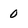
Character: 0